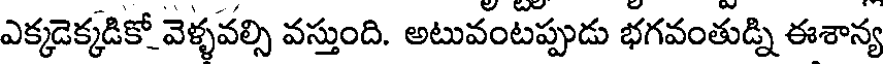
ఎక్కడెక్కడికో వెళ్ళవల్సి వస్తుంది. అటువంటప్పుడు భగవంతుడ్ని ఈశాన్య